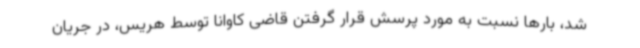
شد، بارها نسبت به مورد پرسش قرار گرفتن قاضی کاوانا توسط هریس، در جریان